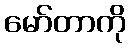
မော်တာကို